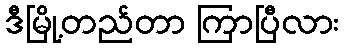
ဒီမြို့တည်တာ ကြာပြီလား